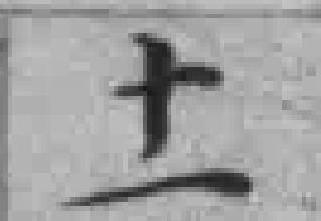
十一